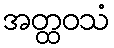
အတ္ထဝသံ